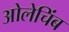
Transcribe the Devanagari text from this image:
ओलेचिंब